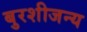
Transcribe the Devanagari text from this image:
बुरशीजन्य